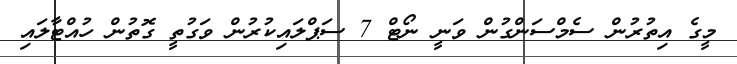
މީގެ އިތުރުން ސެމްސަންގުން ވަނީ ނޯޓް 7 ސަޕްލައިކުރުން ވަގުތީ ގޮތުން ހުއްޓާލައި